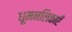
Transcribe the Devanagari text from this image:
धूमनलिकाएँ